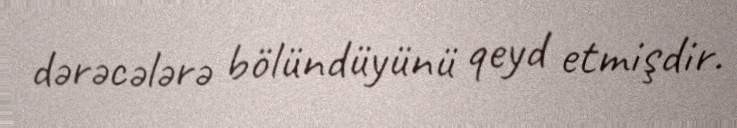
dərəcələrə bölündüyünü qeyd etmişdir.